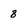
Character: 8